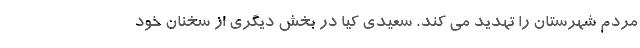
مردم شهرستان را تهدید می کند. سعیدی کیا در بخش دیگری از سخنان خود